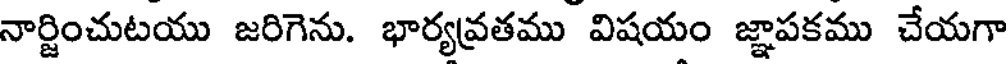
నార్జించుటయు జరిగెను. భార్యవ్రతము విషయం జ్ఞాపకము చేయగా